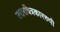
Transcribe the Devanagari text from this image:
उत्तरचित्रकाररुपी